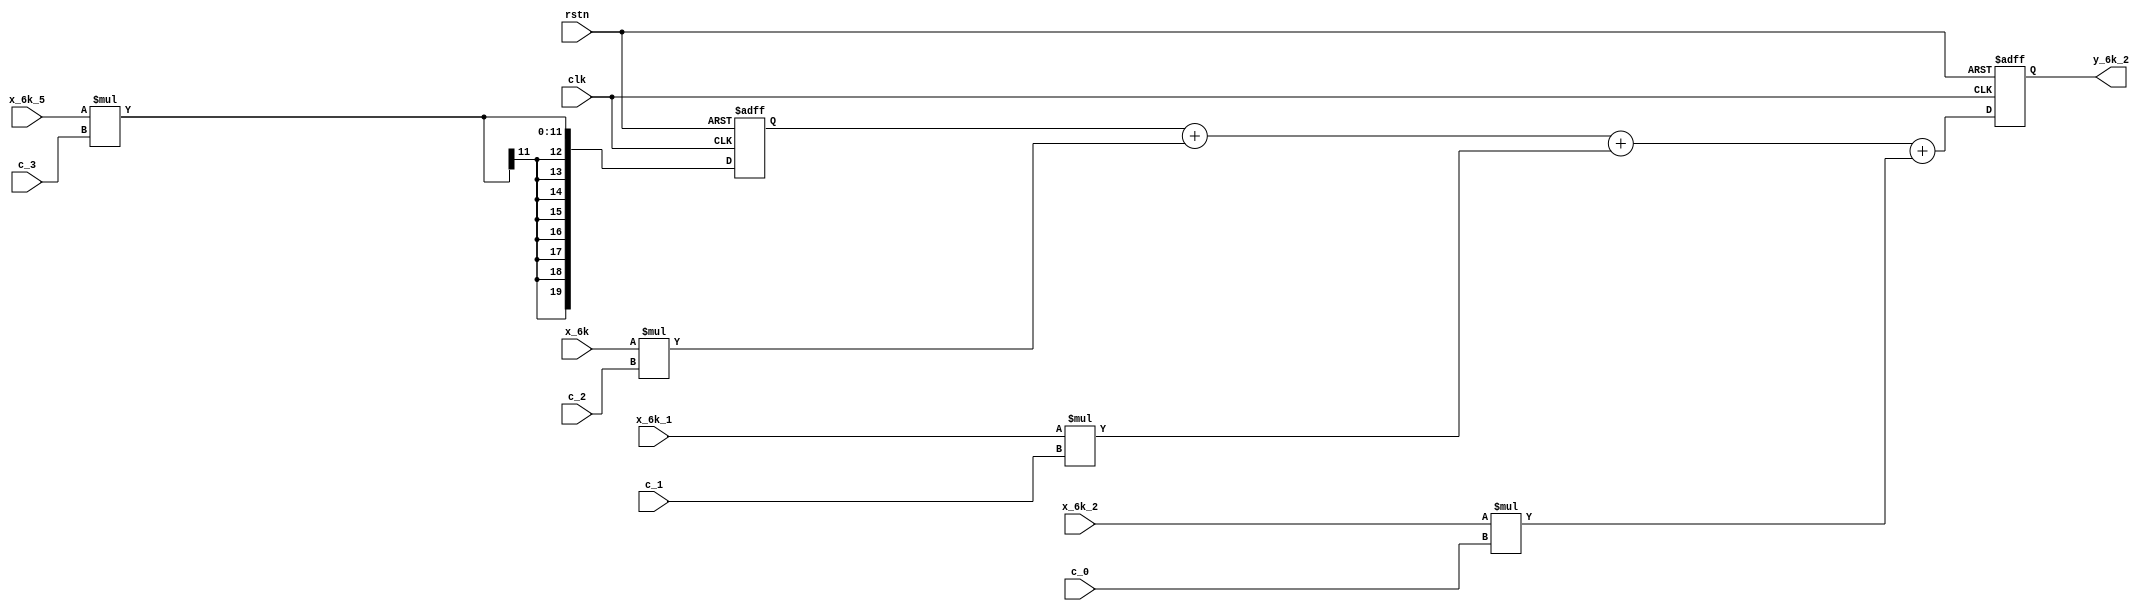
module y_6k_2 
#
( 
    parameter w_in = 7,//
    parameter y_out = 20,//
    parameter c_in = 5//
)
(
    input clk,
    input rstn,
    input  signed [w_in-1:0] x_6k,
    input  signed [w_in-1:0] x_6k_5,
    input  signed [w_in-1:0] x_6k_2,
    input  signed [w_in-1:0] x_6k_1,
    input  signed [c_in-1:0] c_0,
    input  signed [c_in-1:0] c_1,
    input  signed [c_in-1:0] c_2,
    input  signed [c_in-1:0] c_3,    
    output signed [y_out-1:0] y_6k_2
);
    parameter w_muti_y = 20;//
    parameter w_add_y = 25;//

    wire signed [w_muti_y-1:0] muti_3;
    wire signed [w_muti_y-1:0] muti_2;
    wire signed [w_muti_y-1:0] muti_1;
    wire signed [w_muti_y-1:0] muti_0;

    assign muti_3 = x_6k_5 * c_3;
    assign muti_2 = x_6k * c_2;
    assign muti_1 = x_6k_1 * c_1;
    assign muti_0 = x_6k_2 * c_0;

    // wire [w_add_y-1:0] add_3;
    // assign add_3 = muti_3;

    reg signed [w_add_y-1:0] add_3;
    always @(*) begin
        add_3 <= muti_3;
    end    

    reg signed [w_add_y-1:0] add_3_reg; 
    always @(posedge clk or negedge rstn) begin
        if(rstn == 1'b0)
            add_3_reg<= 0;
        else add_3_reg <= add_3;
    end

    // wire [y_out-1:0] add_0;
    // assign add_0 = add_3_reg + muti_2 + muti_1 + muti_0;

    reg signed [y_out-1:0] add_0;
    always @(*) begin
        add_0 <= add_3_reg + muti_2 + muti_1 + muti_0;
    end

    
    reg signed [y_out-1:0] out_data; 
    always @(posedge clk or negedge rstn) begin
        if(rstn == 1'b0)
            out_data<= 0;
        else out_data <= add_0;
    end
    assign y_6k_2 = out_data;

endmodule //y_6k_2